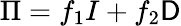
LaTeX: \Pi=f_{1}I+f_{2}\mathsf{D}